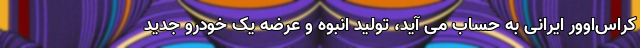
کراس‌اوور ایرانی به حساب می آید، تولید انبوه و عرضه یک خودرو جدید